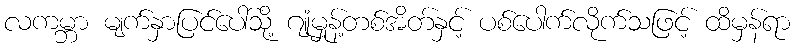
လကမ္ဘာ မျက်နှာပြင်ပေါ်သို့ ဂျုံမှုန့်တစ်အိတ်နှင့် ပစ်ပေါက်လိုက်သဖြင့် ထိမှန်ရာ